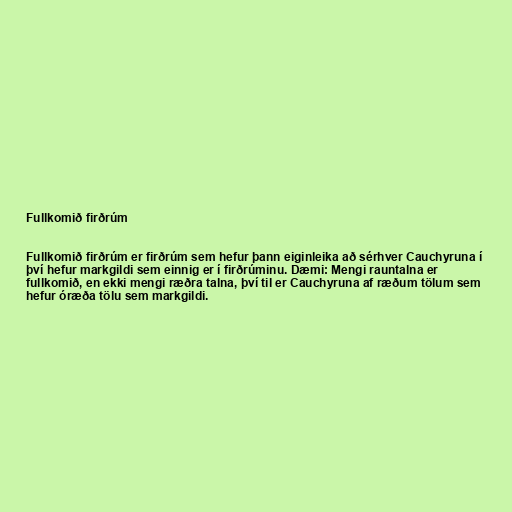
Fullkomið firðrúm

Fullkomið firðrúm er firðrúm sem hefur þann eiginleika að sérhver Cauchyruna í
því hefur markgildi sem einnig er í firðrúminu. Dæmi: Mengi rauntalna er
fullkomið, en ekki mengi ræðra talna, því til er Cauchyruna af ræðum tölum sem
hefur óræða tölu sem markgildi.